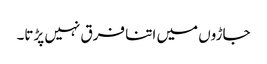
جاڑوں میں اتنا فرق نہیں پڑتا۔